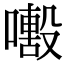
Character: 𡁒